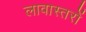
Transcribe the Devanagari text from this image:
लावास्तरों